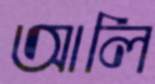
আলি